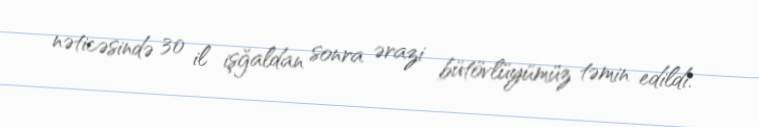
nəticəsində 30 il işğaldan sonra ərazi bütövlüyümüz təmin edildi.